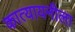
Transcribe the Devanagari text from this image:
कात्यायनीला